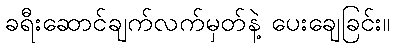
ခရီးဆောင်ချက်လက်မှတ်နဲ့ ပေးချေခြင်း။